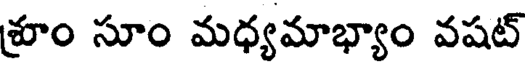
శ్రూం సూం మధ్యమాభ్యాం వషట్